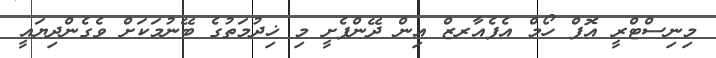
މިނިސްޓްރީ އޮފް ހޯމް އެފެއާރޒް އިން ދޭންފެށީ މި ޚިދުމަތުގެ ބޭނުމަކަށް ވެގެންދިޔައީ